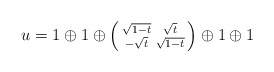
\begin{align*}u=1\oplus1\oplus\left(\begin{smallmatrix} \sqrt{1-t}&\sqrt{t}\\ -\sqrt{t}&\sqrt{1-t}\end{smallmatrix}\right)\oplus1\oplus1\end{align*}